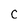
Character: c